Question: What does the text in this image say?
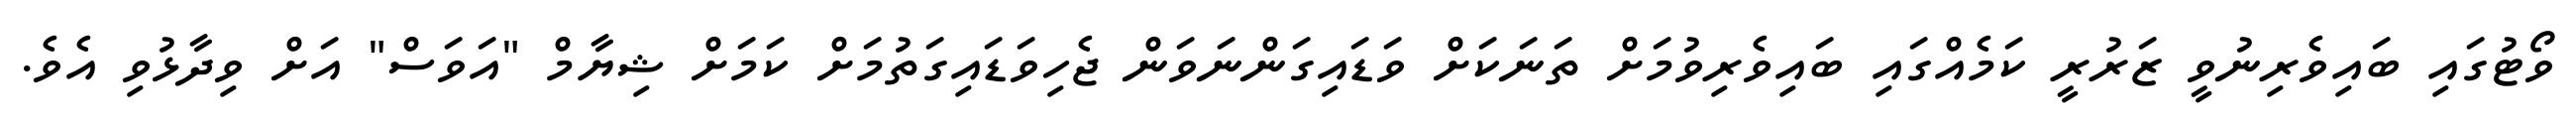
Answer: ވޯޓުގައި ބައިވެރިނުވީ ޒަރުރީ ކަމެއްގައި ބައިވެރިވުމަށް ތަނަކަށް ވަޑައިގަންނަވަން ޖެހިވަޑައިގަތުމަށް ކަމަށް ޝިޔާމް "އަވަސް" އަށް ވިދާޅުވި އެވެ.